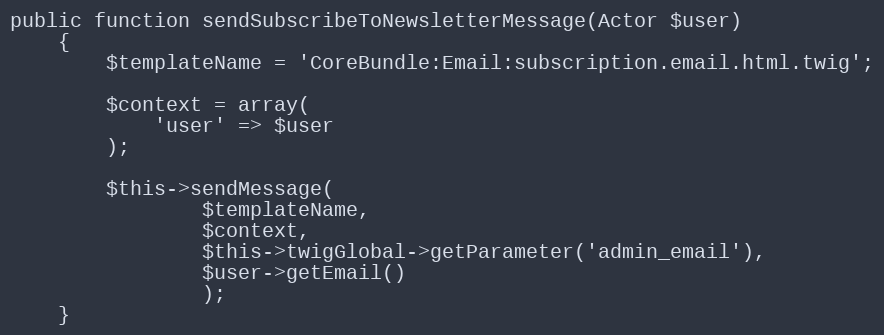
Language: PHP
public function sendSubscribeToNewsletterMessage(Actor $user)
    {
        $templateName = 'CoreBundle:Email:subscription.email.html.twig';

        $context = array(
            'user' => $user
        );

        $this->sendMessage(
                $templateName,
                $context,
                $this->twigGlobal->getParameter('admin_email'),
                $user->getEmail()
                );
    }